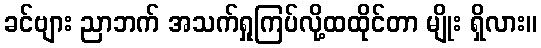
ခင်ဗျား ညာဘက် အသက်ရှုကြပ်လို့ထထိုင်တာ မျိုး ရှိလား။